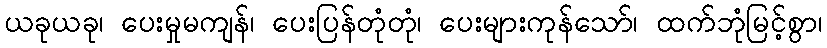
ယခုယခု၊ ပေးမှုမကျန်၊ ပေးပြန်တုံတုံ၊ ပေးများကုန်သော်၊ ထက်ဘုံမြင့်စွာ၊